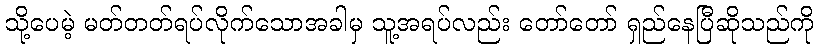
သို့ပေမဲ့ မတ်တတ်ရပ်လိုက်သောအခါမှ သူ့အရပ်လည်း တော်တော် ရှည်နေပြီဆိုသည်ကို